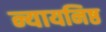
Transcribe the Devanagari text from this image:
न्यायनिष्ठ